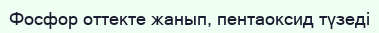
Фосфор оттекте жанып, пентаоксид түзеді